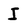
Character: I